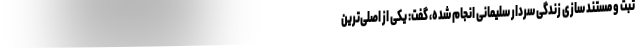
ثبت و مستند سازی زندگی سردار سلیمانی انجام شده، گفت: یکی از اصلی‌ترین